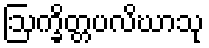
ဩက္ခိတ္တပလိဃာသု